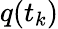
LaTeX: q(t_{k})